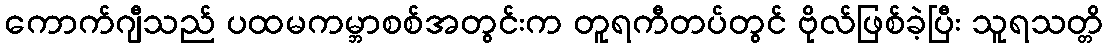
ကောက်ဂျီသည် ပထမကမ္ဘာစစ်အတွင်းက တူရကီတပ်တွင် ဗိုလ်ဖြစ်ခဲ့ပြီး သူရသတ္တိ